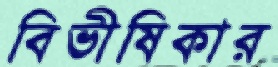
বিভীষিকার